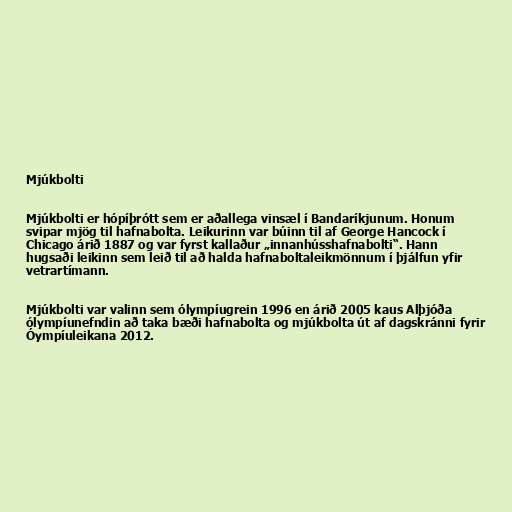
Mjúkbolti

Mjúkbolti er hópíþrótt sem er aðallega vinsæl í Bandaríkjunum. Honum
svipar mjög til hafnabolta. Leikurinn var búinn til af George Hancock í
Chicago árið 1887 og var fyrst kallaður „innanhússhafnabolti“. Hann
hugsaði leikinn sem leið til að halda hafnaboltaleikmönnum í þjálfun yfir
vetrartímann.

Mjúkbolti var valinn sem ólympíugrein 1996 en árið 2005 kaus Alþjóða
ólympíunefndin að taka bæði hafnabolta og mjúkbolta út af dagskránni fyrir
Óympíuleikana 2012.